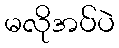
မလိုအပ်ပဲ